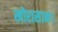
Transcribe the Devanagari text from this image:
खोरासान।